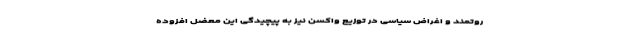
روتمند و اغراض سیاسی در توزیع واکسن نیز به پیچیدگی این معضل افزوده